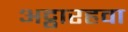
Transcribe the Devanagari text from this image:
अट्ठारहवा